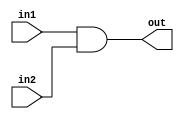
module add(in1, in2, out);

	input in1, in2;
	output out;
	
	reg out;
	
	always @(*)
		begin
			out <= in1 & in2;
		end	


endmodule